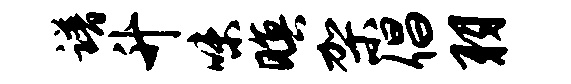
谱升味暝架倡羽